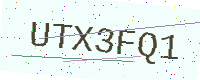
Text: UTX3FQ1